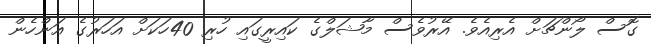
ގޮސް ލޯންޗަށް އެރިއެވެ. އޭރުވެސް މާޝަލްގެ ކައިރީގައި ހުރި 40ހަކަށް އަހަރުގެ އަންހެން